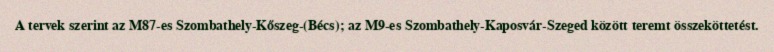
A tervek szerint az M87-es Szombathely-Kőszeg-(Bécs); az M9-es Szombathely-Kaposvár-Szeged között teremt összeköttetést.